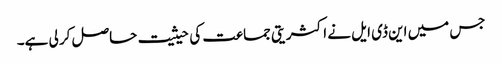
جس میں این ڈی ایل نے اکثریتی جماعت کی حیثیت حاصل کر لی ہے۔